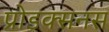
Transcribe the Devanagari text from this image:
प्रोडक्सनस